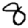
Digit: 8